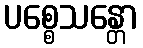
ပစ္စေသန္တော